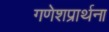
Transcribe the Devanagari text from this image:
गणेशप्रार्थना